Papers set at the Examination for Leaving Certificates, 1890
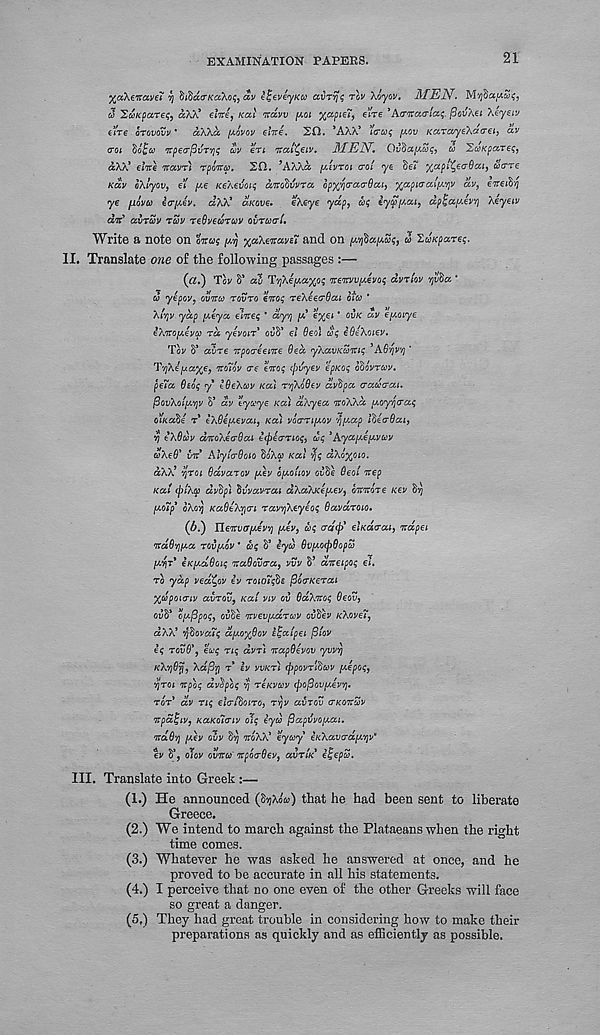
EXAMINATION PAPERS.
21
XaXenavei vj $idcc(rKcc\o$, av ^eveyKU avTY}<; rov Koyov. MEN.
J 'ZuK^are^ aW* elite, Kai itccvv poi %ccpieT, elre 'Aa-itcurias. fiovXei Xeyeiv
tire orovovv * aXXcc [AOVOV elite. 20. VAXA* i'crut; [f.ov Kara/yeXacei, av
<roi do£co itpe<r(3vTY)<; uv en ital^eiv. MEN, Ov^af/.aq, co ZcoKpares,
aXX* elite itavr) rpoitep. 20. J AXXa [AIVTOI trot ye Se? %apl'{ ) e<r6ai, Scrre
Kav eXlyov, el /xe KeXevois aitGSVVTa opy^fjcracrOai, %apiaaly.’rjV av, eiteity
ye fiovti) i<r[A6v. aXX* c/.KOve,
eXeye yap, ox; eycpfj.ai, dptjayJvYj Xeyeiv
dit' avruv TZV reSvecoruv ovrcoal.
Write a note on onus p) xaXeitave7 and on (M$apZ<;, 3> ZwKparet;.
II. Translate o?ie of the following passages :—
(#.) Tov S* av T'/)X€[Aa%os iteitvv^evos dvrlov vjx&a |
w yepov, ovitca rovro eito; reXeeaOai otco '
XIYJV yap y.eya elites ’ dyvj pd e%ei * OVK dv epuuye
iXitopeva rd yevoiT ovV el 6eo\ cos eOeXoiev.
Tov S’ avre itpocreente ded yXavKcoitis ’AGriv'/j'
T'/]Xe[jiaxe, ito7ov ere eitos (bvyev epKos dtovrcov,
pe7a Geos y* ZGeXcov Kai rvjXoGev dvdpa craucrai.
(BovXoly.yv S’ dv tycoye Kai aXyea itoXXd peoy^cras
diKccGe r* eXGei&evai, Kai voernpeov ypeap IhecrGai,
vj eXGcov ditoXecrGai eeplcrnos, ds 'Ayapiepivcov
coXeG* vit AlylcrGoio SoXa) Kai rjs dXo%oio.
aXX 1 '/jroi Gdvarov pcev opiohov oiJSe Oeol itep
Kai (j)lX(p dvdpi hvvavrai dXaXKepiev, oititore Kev hr;
jU-ofy* oXo^ KaGeXycri ravvjXeyeos Gavdroio,
(61) Tleitvcrpcevv) pcev, us craft elKarai, itdpei
itdGvjpea TQvpiov * us 5* £yv GvpiocpGopu
pcvjT 9 eKpidGois itaGovara, vvv S’ diteipos el.
TO yap vea^ov £v roio7s^e fiocrKerai
%upouriv avrov, Kai viv ov GccXitos Geov,
ovfi* opcjSpos, ouSe itvevpcdruv ovSev KXove7,
aXX’ y$ova7s dy.oxGov i^alpei filov
es rovG*, eus nq dvri itapGevov yvvrj
KXYjGrj, Xdfivi r* £v VVKT) (ppovTiduv p^epos,
tfroi itpos dvtybs '? 'TIKVUV cpopovyJvv].
TOT dv TIS elcrldoiro, ryv avrov (TKOituv
itpdljiv, KaKolcriv ols eyu (Gapilvoyai.
itdGvj piev ovv $7} itoXTd eyuy eKXavcrdfAviv 9
ev S’, olov ovitu itpocrGev, CCVTIK e^epu.
III. Translate into Greek :—
(1.) He announced (tyXou) that he had been sent to liberate
Greece.
(2.) We intend to march against the Plataeans when the right
time comes.
(3.) Whatever he was asked he answered at once, and he
proved to be accurate in all his statements.
(4.) I perceive that no one even of the other Greeks will face
so great a danger.
(5 f ) They had great trouble in considering how to make their
preparations as quickly and as efficiently as possible.